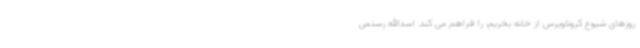
روزهای شیوع کروناویرس از خانه بخریم، را فراهم می کند. اسدالله رستمی